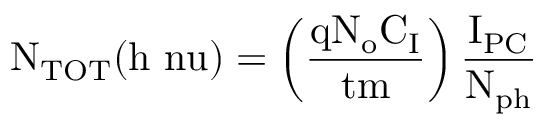
\mathrm { N _ { T O T } ( h \ n u ) } = \left( \mathrm { \frac { \mathrm { q N _ { o } } C _ { I } } { t m } } \right) \mathrm { \frac { I _ { P C } } { N _ { p h } } }